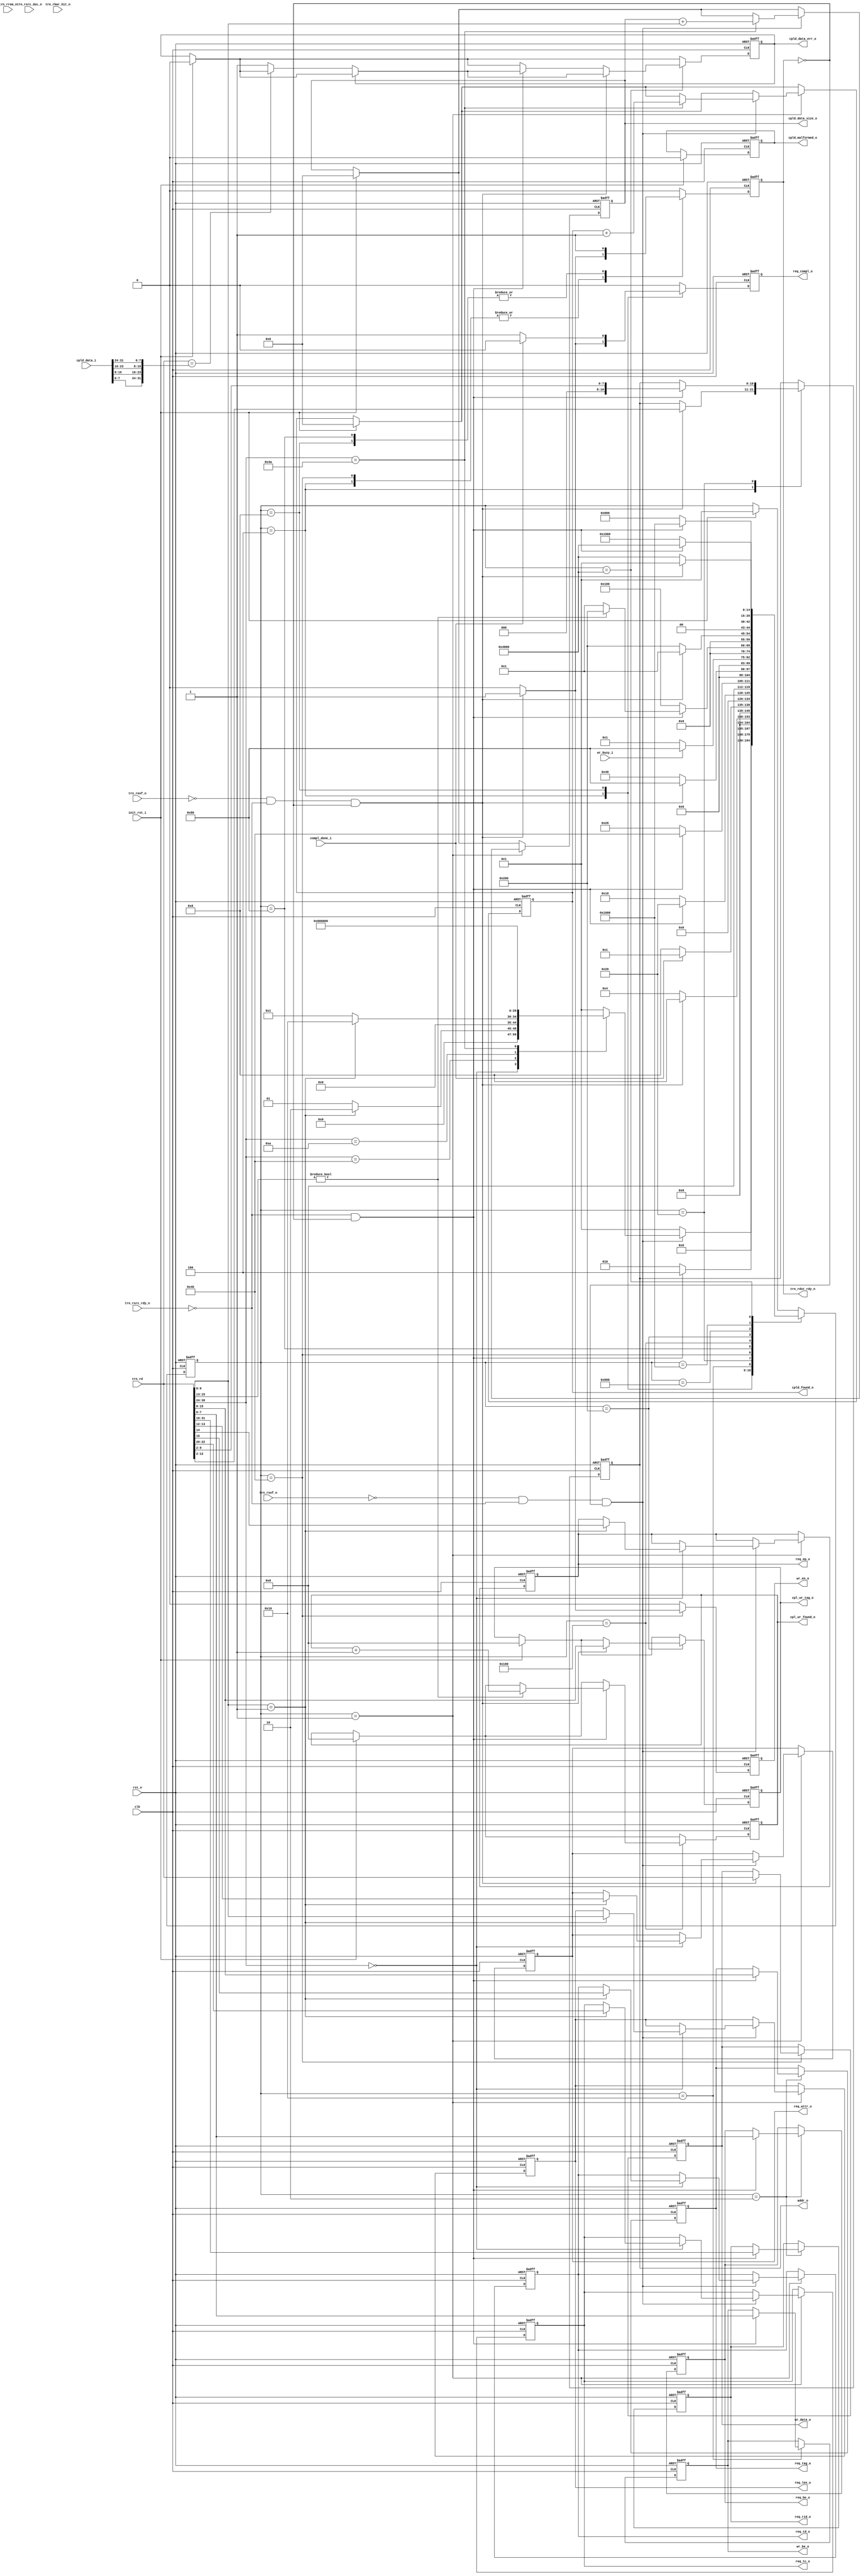
//--------------------------------------------------------------------------------
//--
//-- This file is owned and controlled by Xilinx and must be used solely
//-- for design, simulation, implementation and creation of design files
//-- limited to Xilinx devices or technologies. Use with non-Xilinx
//-- devices or technologies is expressly prohibited and immediately
//-- terminates your license.
//--
//-- Xilinx products are not intended for use in life support
//-- appliances, devices, or systems. Use in such applications is
//-- expressly prohibited.
//--
//--            **************************************
//--            ** Copyright (C) 2005, Xilinx, Inc. **
//--            ** All Rights Reserved.             **
//--            **************************************
//--
//--------------------------------------------------------------------------------
//-- Filename: BMD_32_RX_ENGINE.v
//--
//-- Description: 32 bit Local-Link Receive Unit.
//--
//--------------------------------------------------------------------------------

`timescale 1ns/1ns

`define BMD_32_RX_RST            15'b000000000000001
`define BMD_32_RX_MEM_RD32_QW1   15'b000000000000010
`define BMD_32_RX_MEM_RD32_QW2   15'b000000000000100
`define BMD_32_RX_MEM_RD32_WT    15'b000000000001000
`define BMD_32_RX_MEM_WR32_QW1   15'b000000000010000
`define BMD_32_RX_MEM_WR32_QW2   15'b000000000100000
`define BMD_32_RX_MEM_WR32_QW3   15'b000000001000000
`define BMD_32_RX_MEM_WR32_WT    15'b000000010000000
`define BMD_32_RX_CPL_QW1        15'b000000100000000
`define BMD_32_RX_CPL_QW2        15'b000001000000000
`define BMD_32_RX_CPL_QW3        15'b000010000000000
`define BMD_32_RX_CPLD_QW1       15'b000100000000000
`define BMD_32_RX_CPLD_QW2       15'b001000000000000
`define BMD_32_RX_CPLD_QW3       15'b010000000000000
`define BMD_32_RX_CPLD_QWN       15'b100000000000000

`define BMD_MEM_RD32_FMT_TYPE    7'b00_00000
`define BMD_MEM_WR32_FMT_TYPE    7'b10_00000
`define BMD_CPL_FMT_TYPE         7'b00_01010
`define BMD_CPLD_FMT_TYPE        7'b10_01010

module BMD_RX_ENGINE (

                        clk,
                        rst_n,

                        /*
                         * Initiator reset
                         */

                        init_rst_i,

                        /*
                         * Receive local link interface from PCIe core
                         */
                    
                        trn_rd,  
                        trn_rsof_n,
                        trn_reof_n,
                        trn_rsrc_rdy_n,
                        trn_rsrc_dsc_n,
                        trn_rdst_rdy_n,
                        trn_rbar_hit_n,

                        //unused
                        trn_rrem_n,

                        /*
                         * Memory Read data handshake with Completion 
                         * transmit unit. Transmit unit reponds to 
                         * req_compl assertion and responds with compl_done
                         * assertion when a Completion w/ data is transmitted. 
                         */

                        req_compl_o,
                        compl_done_i,

                        addr_o,                    // Memory Read Address

                        req_tc_o,                  // Memory Read TC
                        req_td_o,                  // Memory Read TD
                        req_ep_o,                  // Memory Read EP
                        req_attr_o,                // Memory Read Attribute
                        req_len_o,                 // Memory Read Length (1DW)
                        req_rid_o,                 // Memory Read Requestor ID
                        req_tag_o,                 // Memory Read Tag
                        req_be_o,                  // Memory Read Byte Enables

                        /* 
                         * Memory interface used to save 1 DW data received 
                         * on Memory Write 32 TLP. Data extracted from
                         * inbound TLP is presented to the Endpoint memory
                         * unit. Endpoint memory unit reacts to wr_en_o
                         * assertion and asserts wr_busy_i when it is 
                         * processing written information.
                         */

                        wr_be_o,                   // Memory Write Byte Enable
                        wr_data_o,                 // Memory Write Data
                        wr_en_o,                   // Memory Write Enable
                        wr_busy_i,                  // Memory Write Busy

                        /*
                         * Completion no Data
                         */

                        cpl_ur_found_o,
                        cpl_ur_tag_o,

                        /*
                         * Completion with Data
                         */
                        
                        cpld_data_i,
                        cpld_found_o,
                        cpld_data_size_o,
                        cpld_malformed_o,
                        cpld_data_err_o
                         

                       );

    input              clk;
    input              rst_n;

    input              init_rst_i;

    input [31:0]       trn_rd;
    input              trn_rsof_n;
    input              trn_reof_n;
    input              trn_rsrc_rdy_n;
    input              trn_rsrc_dsc_n;
    output             trn_rdst_rdy_n;
    input [6:0]        trn_rbar_hit_n;
  
    input  [7:0]       trn_rrem_n;

    output             req_compl_o;
    input              compl_done_i;

    output [10:0]      addr_o;

    output [2:0]       req_tc_o;
    output             req_td_o;
    output             req_ep_o;
    output [1:0]       req_attr_o;
    output [9:0]       req_len_o;
    output [15:0]      req_rid_o;
    output [7:0]       req_tag_o;
    output [7:0]       req_be_o;

    output [7:0]       wr_be_o;
    output [31:0]      wr_data_o;
    output             wr_en_o;
    input              wr_busy_i;

    output [7:0]       cpl_ur_found_o;
    output [7:0]       cpl_ur_tag_o;

    input  [31:0]      cpld_data_i;
    output [31:0]      cpld_found_o;
    output [31:0]      cpld_data_size_o;
    output             cpld_malformed_o;
    output             cpld_data_err_o;

    // Local Registers

    reg [14:0]         bmd_32_rx_state;

    reg                trn_rdst_rdy_n;

    reg                req_compl_o;

    reg [2:0]          req_tc_o;
    reg                req_td_o;
    reg                req_ep_o;
    reg [1:0]          req_attr_o;
    reg [9:0]          req_len_o;
    reg [15:0]         req_rid_o;
    reg [7:0]          req_tag_o;
    reg [7:0]          req_be_o;

    reg [10:0]         addr_o;
    reg [7:0]          wr_be_o;
    reg [31:0]         wr_data_o;
    reg                wr_en_o;

    reg [7:0]          cpl_ur_found_o;
    reg [7:0]          cpl_ur_tag_o;

    reg [31:0]         cpld_found_o;
    reg [31:0]         cpld_data_size_o;
    reg                cpld_malformed_o;
    reg                cpld_data_err_o;

    reg [9:0]          cpld_real_size;
    reg [9:0]          cpld_tlp_size;

    always @ ( posedge clk or negedge rst_n ) begin
              
        if (!rst_n ) begin

          bmd_32_rx_state   <= `BMD_32_RX_RST;

          trn_rdst_rdy_n <= 1'b0;

          req_compl_o    <= 1'b0;

          req_tc_o       <= 2'b0;
          req_td_o       <= 1'b0;
          req_ep_o       <= 1'b0;
          req_attr_o     <= 2'b0;
          req_len_o      <= 10'b0;
          req_rid_o      <= 16'b0;
          req_tag_o      <= 8'b0;
          req_be_o       <= 8'b0;
          addr_o         <= 31'b0;

          wr_be_o        <= 8'b0;
          wr_data_o      <= 31'b0;
          wr_en_o        <= 1'b0;
          
          cpl_ur_found_o   <= 8'b0;
          cpl_ur_tag_o     <= 8'b0;

          cpld_found_o     <= 32'b0;
          cpld_data_size_o <= 32'b0;
          cpld_malformed_o <= 1'b0;
          cpld_data_err_o  <= 1'b0;

          cpld_real_size   <= 10'b0;
          cpld_tlp_size    <= 10'b0;

        end else begin

          wr_en_o        <= 1'b0;
          req_compl_o    <= 1'b0;
          trn_rdst_rdy_n <= 1'b0;
 
          if (init_rst_i) begin

            bmd_32_rx_state  <= `BMD_32_RX_RST;

            cpl_ur_found_o   <= 8'b0;
            cpl_ur_tag_o     <= 8'b0;
   
            cpld_found_o     <= 32'b0;
            cpld_data_size_o <= 32'b0;
            cpld_malformed_o <= 1'b0;
            cpld_data_err_o  <= 1'b0;

            cpld_real_size   <= 10'b0;
            cpld_tlp_size    <= 10'b0;

         end

         case (bmd_32_rx_state)

           `BMD_32_RX_RST : begin

             if ((!trn_rsof_n) && 
                 (!trn_rsrc_rdy_n) && 
                 (!trn_rdst_rdy_n)) begin
            
               case (trn_rd[30:24]) 

                 `BMD_MEM_RD32_FMT_TYPE : begin

                   if (trn_rd[9:0] == 10'b1) begin
    
                     req_tc_o     <= trn_rd[22:20];  
                     req_td_o     <= trn_rd[15];
                     req_ep_o     <= trn_rd[14]; 
                     req_attr_o   <= trn_rd[13:12]; 
                     req_len_o    <= trn_rd[9:0]; 

                     bmd_32_rx_state <= `BMD_32_RX_MEM_RD32_QW1;
    
                   end else
                     bmd_32_rx_state <= `BMD_32_RX_RST;

                 end
             
                 `BMD_MEM_WR32_FMT_TYPE : begin
    
                   if (trn_rd[9:0] == 10'b1) begin
    
                     bmd_32_rx_state <= `BMD_32_RX_MEM_WR32_QW1;
                    
                   end else
                     bmd_32_rx_state <= `BMD_32_RX_RST;

    
                 end
    
                 `BMD_CPL_FMT_TYPE : begin
    
                   bmd_32_rx_state   <= `BMD_32_RX_CPL_QW1;
    
                 end
    
                 `BMD_CPLD_FMT_TYPE : begin
                   
                   cpld_data_size_o <= cpld_data_size_o + trn_rd[9:0];
                   cpld_tlp_size    <= trn_rd[9:0];
                   cpld_found_o     <= cpld_found_o  + 1'b1;
                   cpld_real_size   <= 10'b0;
                   bmd_32_rx_state  <= `BMD_32_RX_CPLD_QW1;
                   
                 end
                 
                 default : begin
    
                   bmd_32_rx_state   <= `BMD_32_RX_RST;
    
                 end
              
               endcase

             end else
               bmd_32_rx_state   <= `BMD_32_RX_RST;

           end

           `BMD_32_RX_MEM_RD32_QW1 : begin

             if ((!trn_rsrc_rdy_n) && 
                 (!trn_rdst_rdy_n)) begin

               req_rid_o    <= trn_rd[31:16]; 
               req_tag_o    <= trn_rd[15:08]; 
               req_be_o     <= trn_rd[07:00];
               bmd_32_rx_state   <= `BMD_32_RX_MEM_RD32_QW2;

             end else
               bmd_32_rx_state   <= `BMD_32_RX_MEM_RD32_QW1;

           end

           `BMD_32_RX_MEM_RD32_QW2 : begin

             if ((!trn_reof_n) && 
                 (!trn_rsrc_rdy_n) && 
                 (!trn_rdst_rdy_n)) begin

               addr_o            <= trn_rd[31:2];
               req_compl_o       <= 1'b1;
               trn_rdst_rdy_n    <= 1'b1;
               bmd_32_rx_state   <= `BMD_32_RX_MEM_RD32_WT;

             end else
               bmd_32_rx_state   <= `BMD_32_RX_MEM_RD32_QW2;

           end

           `BMD_32_RX_MEM_RD32_WT: begin

             trn_rdst_rdy_n <= 1'b1;
             if (compl_done_i)
               bmd_32_rx_state   <= `BMD_32_RX_RST;
             else begin

               req_compl_o       <= 1'b1;
               trn_rdst_rdy_n    <= 1'b1;
               bmd_32_rx_state   <= `BMD_32_RX_MEM_RD32_WT;

             end

           end

           `BMD_32_RX_MEM_WR32_QW1 : begin

             if ((!trn_rsrc_rdy_n) && 
                 (!trn_rdst_rdy_n)) begin

               wr_be_o          <= trn_rd[07:00];
               bmd_32_rx_state  <= `BMD_32_RX_MEM_WR32_QW2;

             end else
               bmd_32_rx_state  <= `BMD_32_RX_MEM_WR32_QW1;

           end

           `BMD_32_RX_MEM_WR32_QW2 : begin

             if ((!trn_rsrc_rdy_n) && 
                 (!trn_rdst_rdy_n)) begin

               addr_o           <= trn_rd[9:2];
               bmd_32_rx_state  <= `BMD_32_RX_MEM_WR32_QW3;

             end else
               bmd_32_rx_state  <= `BMD_32_RX_MEM_WR32_QW2;

           end

           `BMD_32_RX_MEM_WR32_QW3 : begin

             if ((!trn_reof_n) && 
                 (!trn_rsrc_rdy_n) && 
                 (!trn_rdst_rdy_n)) begin

               wr_data_o        <= trn_rd[31:00];
               wr_en_o          <= 1'b1;
               trn_rdst_rdy_n   <= 1'b1;
               bmd_32_rx_state  <= `BMD_32_RX_MEM_WR32_WT;

             end else
               bmd_32_rx_state  <= `BMD_32_RX_MEM_WR32_QW3;

           end

           `BMD_32_RX_MEM_WR32_WT: begin

             trn_rdst_rdy_n <= 1'b1;
             if (!wr_busy_i)
               bmd_32_rx_state  <= `BMD_32_RX_RST;
             else
               bmd_32_rx_state  <= `BMD_32_RX_MEM_WR32_WT;

           end

           `BMD_32_RX_CPL_QW1 : begin

             if ((!trn_rsrc_rdy_n) && 
                 (!trn_rdst_rdy_n)) begin

               if (trn_rd[15:13] != 3'b000) begin
    
                 cpl_ur_found_o <= cpl_ur_found_o + 1'b1;
                 bmd_32_rx_state  <= `BMD_32_RX_CPL_QW2;
    
               end else
                 bmd_32_rx_state   <= `BMD_32_RX_RST;

             end else
               bmd_32_rx_state  <= `BMD_32_RX_CPL_QW1;

           end

           `BMD_32_RX_CPL_QW2 : begin

             if ((!trn_reof_n) && 
                 (!trn_rsrc_rdy_n) && 
                 (!trn_rdst_rdy_n)) begin

               cpl_ur_tag_o     <= trn_rd[15:8];
               bmd_32_rx_state  <= `BMD_32_RX_RST;

             end else
               bmd_32_rx_state  <= `BMD_32_RX_CPL_QW2;

           end

           `BMD_32_RX_CPLD_QW1 : begin

             if ((!trn_rsrc_rdy_n) && 
                 (!trn_rdst_rdy_n)) begin

               bmd_32_rx_state  <= `BMD_32_RX_CPLD_QW2;

             end else
               bmd_32_rx_state   <= `BMD_32_RX_CPLD_QW1;

           end

           `BMD_32_RX_CPLD_QW2 : begin

             if ((!trn_rsrc_rdy_n) && 
                 (!trn_rdst_rdy_n)) begin

               bmd_32_rx_state  <= `BMD_32_RX_CPLD_QWN;

             end else
               bmd_32_rx_state   <= `BMD_32_RX_CPLD_QW2;

           end

           `BMD_32_RX_CPLD_QWN : begin

             if ((!trn_reof_n) && 
                 (!trn_rsrc_rdy_n) && 
                 (!trn_rdst_rdy_n)) begin

              
               if (cpld_data_err_o == 1'b0) begin
               
                 //if (trn_rd == cpld_data_i) 
                 if (trn_rd == {cpld_data_i[07:00], 
                                cpld_data_i[15:08], 
                                cpld_data_i[23:16], 
                                cpld_data_i[31:24]}) 
                   cpld_real_size   <= cpld_real_size  + 1'b1;
                 else
                   cpld_data_err_o <= 1'b1;
               
               end

               bmd_32_rx_state  <= `BMD_32_RX_RST;

             end else if ((!trn_rsrc_rdy_n) && 
                          (!trn_rdst_rdy_n)) begin

               if (cpld_data_err_o == 1'b0) begin
               
                 //if (trn_rd == cpld_data_i) 
                 if (trn_rd == {cpld_data_i[07:00], 
                                cpld_data_i[15:08], 
                                cpld_data_i[23:16], 
                                cpld_data_i[31:24]}) 
                   cpld_real_size   <= cpld_real_size  + 1'b1;
                 else
                   cpld_data_err_o <= 1'b1;
               
               end

               bmd_32_rx_state  <= `BMD_32_RX_CPLD_QWN;

             end else
               bmd_32_rx_state   <= `BMD_32_RX_CPLD_QWN;

           end

         endcase

      end   

    end       


endmodule // BMD_32_RX_ENGINE